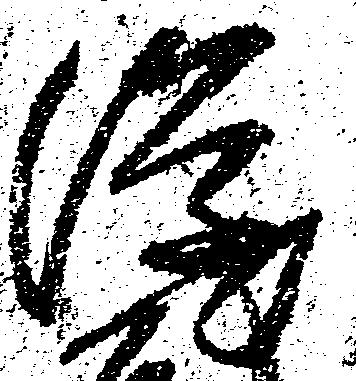
隆